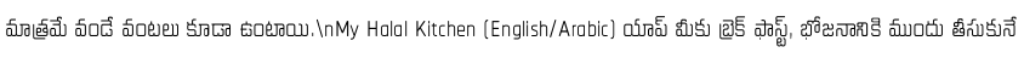
మాత్రమే వండే వంటలు కూడా ఉంటాయి.\nMy Halal Kitchen (English/Arabic) యాప్ మీకు బ్రెక్ ఫాస్ట్, భోజనానికి ముందు తీసుకునే